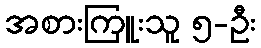
အစားကြူးသူ ၅-ဦး